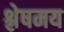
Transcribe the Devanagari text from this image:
श्लेषमय